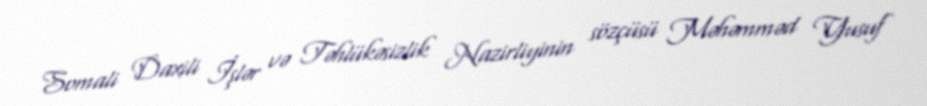
Somali Daxili İşlər və Təhlükəsizlik Nazirliyinin sözçüsü Məhəmməd Yusuf